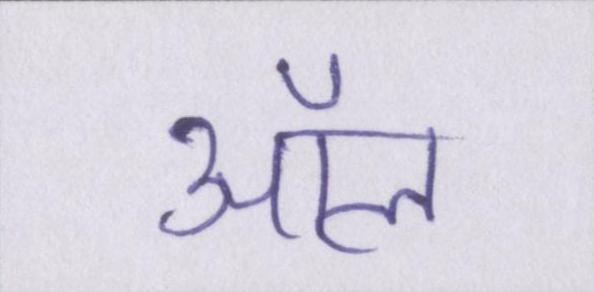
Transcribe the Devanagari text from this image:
ऑल